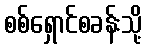
စစ်ရှောင်စခန်းသို့